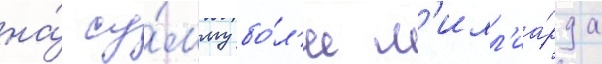
на́ су́мму бо́л'ее м'илл'иа́рда